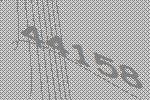
44158